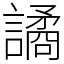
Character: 譎